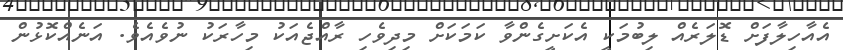
އެއާހިލާފަށް ޑޮލަރެއް ލިބުމަކީ އެކަށީގެންވާ ކަމަކަށް މިދިވެހި ރާއްޖެއަކު މިހާރަކު ނުވެއެވެ. އަނެއްކޮޅުން